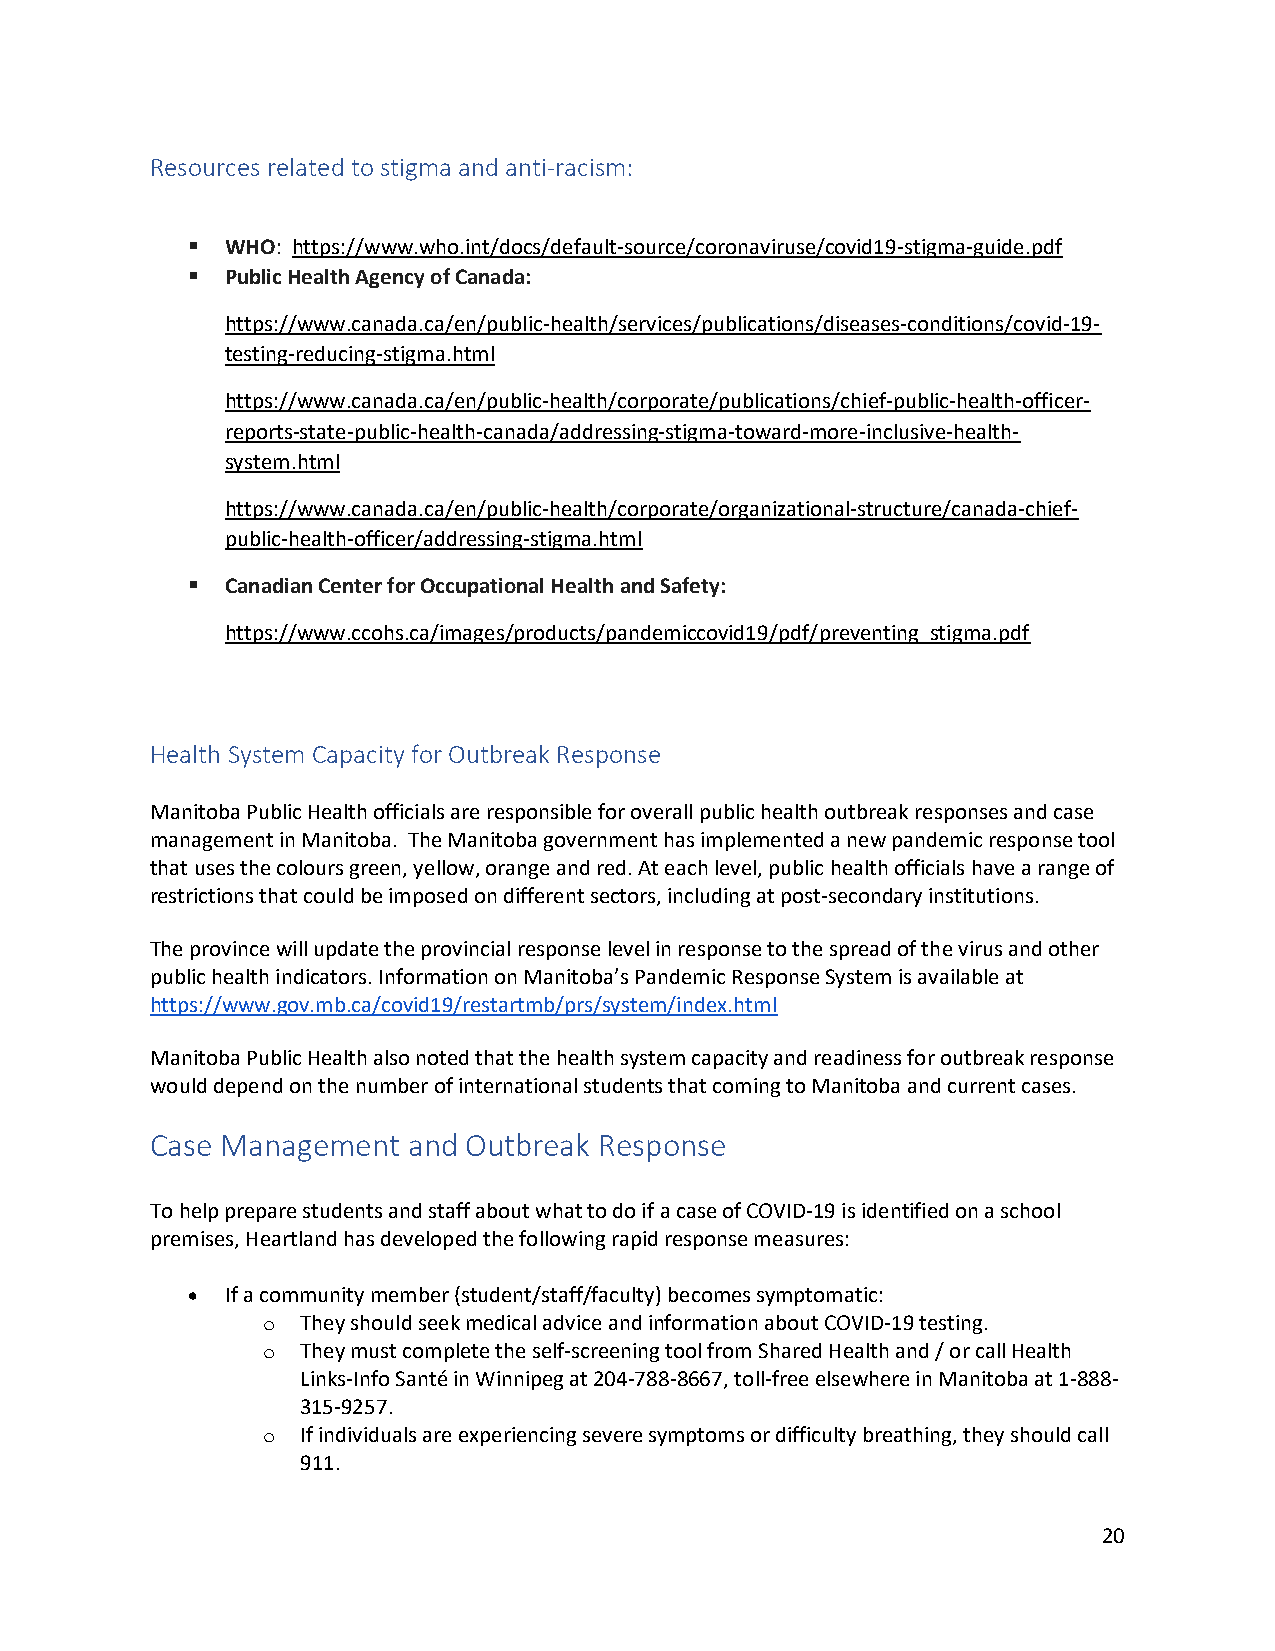
Resources related to stigma and anti-racism:
   WHO: https://www.who.int/docs/default-source/coronaviruse/covid19-stigma-guide.pdf
   Public Health Agency of Canada:
 https://www.canada.ca/en/public-health/services/publications/diseases-conditions/covid-19-
 testing-reducing-stigma.html
 https://www.canada.ca/en/public-health/corporate/publications/chief-public-health-officer-
 reports-state-public-health-canada/addressing-stigma-toward-more-inclusive-health-
 system.html
 https://www.canada.ca/en/public-health/corporate/organizational-structure/canada-chief-
 public-health-officer/addressing-stigma.html
   Canadian Center for Occupational Health and Safety:
 https://www.ccohs.ca/images/products/pandemiccovid19/pdf/preventing_stigma.pdf
 Health System Capacity for Outbreak Response
 Manitoba Public Health officials are responsible for overall public health outbreak responses and case
 management in Manitoba. The Manitoba government has implemented a new pandemic response tool
 that uses the colours green, yellow, orange and red. At each level, public health officials have a range of
 restrictions that could be imposed on different sectors, including at post-secondary institutions.
 The province will update the provincial response level in response to the spread of the virus and other
 public health indicators. Information on Manitoba’s Pandemic Response System is available at
 https://www.gov.mb.ca/covid19/restartmb/prs/system/index.html
 Manitoba Public Health also noted that the health system capacity and readiness for outbreak response
 would depend on the number of international students that coming to Manitoba and current cases.
 Case Management  and Outbreak Response
 To help prepare students and staff about what to do if a case of COVID-19 is identified on a school
 premises, Heartland has developed the following rapid response measures:
   If a community member (student/staff/faculty) becomes symptomatic:
 o  They should seek medical advice and information about COVID-19 testing.
 o  They must complete the self-screening tool from Shared Health and / or call Health
 Links-Info Santé in Winnipeg at 204-788-8667, toll-free elsewhere in Manitoba at 1-888-
 315-9257.
 o  If individuals are experiencing severe symptoms or difficulty breathing, they should call
 911.
 20